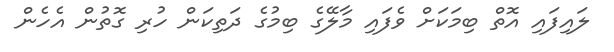
ލައިފައި އޮތް ބިމަކަށް ވެފައި މާލޭގެ ބިމުގެ ދަތިކަން ހުރި ގޮތުން އެހެން